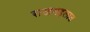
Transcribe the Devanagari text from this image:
राजमहलात